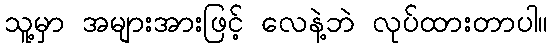
သူ့မှာ အများအားဖြင့် လေနဲ့ဘဲ လုပ်ထားတာပါ။